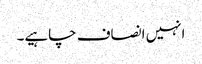
انہیں انصاف چاہیے۔